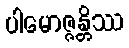
ပါမောဇ္ဇန္တိဿ